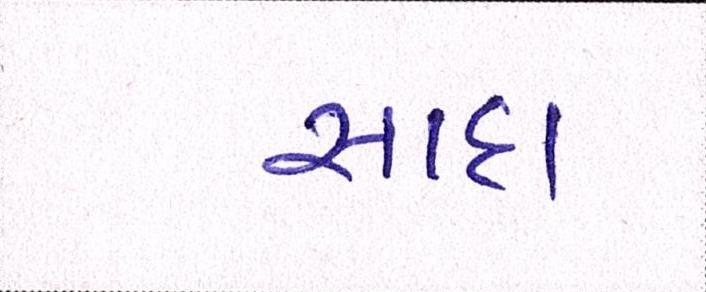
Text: સાદા